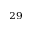
^ { 2 9 }